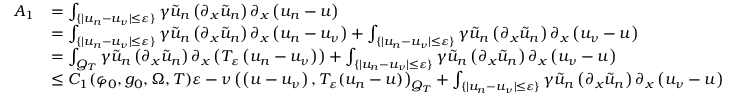
\begin{array} { r l } { A _ { 1 } } & { = \int _ { \{ | u _ { n } - u _ { \nu } | \leq \varepsilon \} } \gamma \tilde { u } _ { n } \left( \partial _ { x } \tilde { u } _ { n } \right) \partial _ { x } \left( u _ { n } - u \right) } \\ & { = \int _ { \{ | u _ { n } - u _ { \nu } | \leq \varepsilon \} } \gamma \tilde { u } _ { n } \left( \partial _ { x } \tilde { u } _ { n } \right) \partial _ { x } \left( u _ { n } - u _ { \nu } \right) + \int _ { \{ | u _ { n } - u _ { \nu } | \leq \varepsilon \} } \gamma \tilde { u } _ { n } \left( \partial _ { x } \tilde { u } _ { n } \right) \partial _ { x } \left( u _ { \nu } - u \right) } \\ & { = \int _ { Q _ { T } } \gamma \tilde { u } _ { n } \left( \partial _ { x } \tilde { u } _ { n } \right) \partial _ { x } \left( T _ { \varepsilon } \left( u _ { n } - u _ { \nu } \right) \right) + \int _ { \{ | u _ { n } - u _ { \nu } | \leq \varepsilon \} } \gamma \tilde { u } _ { n } \left( \partial _ { x } \tilde { u } _ { n } \right) \partial _ { x } \left( u _ { \nu } - u \right) } \\ & { \leq C _ { 1 } ( \varphi _ { 0 } , g _ { 0 } , \Omega , T ) \varepsilon - \nu \left( \left( u - u _ { \nu } \right) , T _ { \varepsilon } ( u _ { n } - u ) \right) _ { Q _ { T } } + \int _ { \{ | u _ { n } - u _ { \nu } | \leq \varepsilon \} } \gamma \tilde { u } _ { n } \left( \partial _ { x } \tilde { u } _ { n } \right) \partial _ { x } \left( u _ { \nu } - u \right) } \end{array}